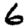
Digit: 6